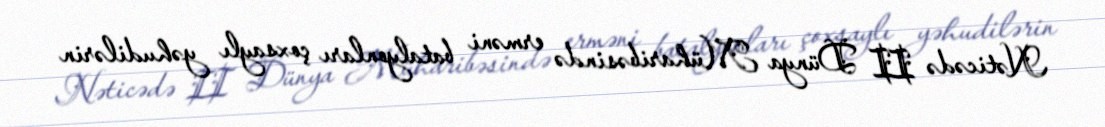
Nəticədə II Dünya Müharibəsində erməni batalyonları çoxsaylı yəhudilərin